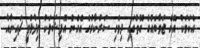
އެކަމަކު އޭގެ ޖަވާބެއްގެ ގޮތުގައި ދިވެހި ސަރުކާރުގެ އެހެން އޮފިޝަލަކު ވިދާޅުވީ ޗައިނާއާ